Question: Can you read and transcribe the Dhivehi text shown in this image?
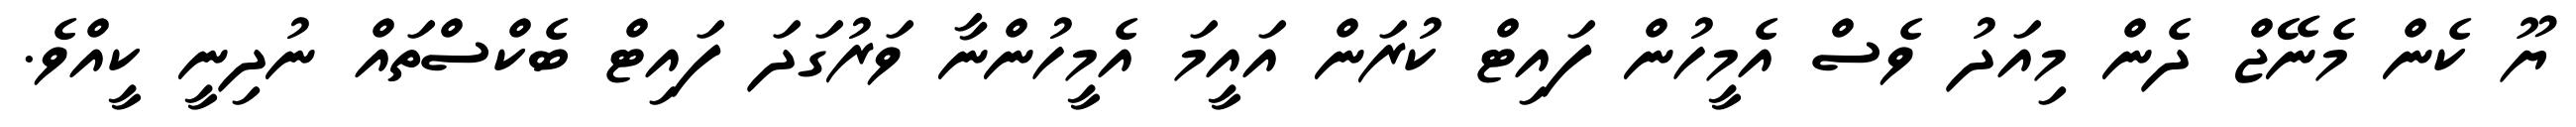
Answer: ޔޫ ކެން މެނޭޖް ދެން މިއަދު ވެސް އެމީހުން ފައިޓް ކުރަން އައީމަ އެމީހުންނާ ވަރުގަދަ ފައިޓް ބެކްސްތައް ނުދިނީ ކީއްވެ.